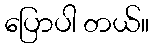
ပြောပါ တယ်။